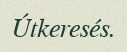
Útkeresés.